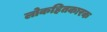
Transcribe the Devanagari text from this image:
लोकहितकारक